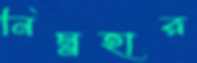
নিম্নহার